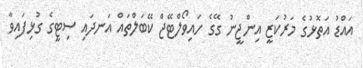
އައްޑު އަތޮޅުގެ މަރުކަޒީ އިންޖީނު ގޭގެ ހައިވޯލްޓޭޖް ކޭބަލްތައް އަނދައި ސިޓީގެ ގުޅިފައިވާ